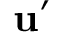
\mathbf { u } ^ { \prime }